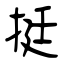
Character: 挺